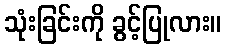
သုံးခြင်းကို ခွင့်ပြုလား။